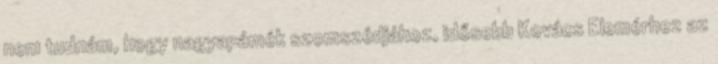
nem tudnám, hogy nagyapámék szomszédjához, idősebb Kovács Elemérhez az